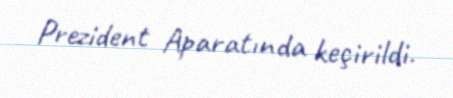
Prezident Aparatında keçirildi.